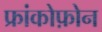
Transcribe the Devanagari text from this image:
फ्रांकोफ़ोन